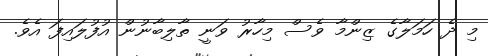
މި ދެ ހަމަލާގެ ޒިންމާ ވެސް މިހާރު ވަނީ ތާލިބާނުން އުފުލައިފަ އެވެ.